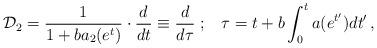
LaTeX: \begin{align*} {\cal D}_2=\frac{1}{1+ba_2(e^t)}\cdot \frac{d}{d t} \equiv\frac{d}{d \tau}\; ; \;\;\; \tau = t+b\int_0^t a(e^{t'}) d t' \,,\end{align*}